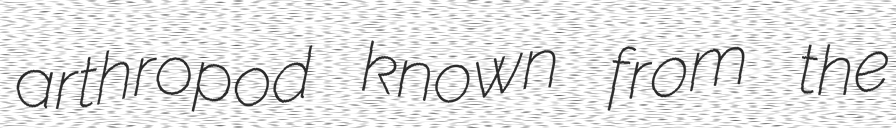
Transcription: arthropod known from the